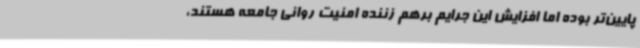
پایین‌تر بوده اما افزایش این جرایم برهم زننده امنیت روانی جامعه هستند،